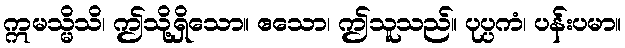
ဣမသ္မိသိ၊ ဤသို့ရှိသော။ ဧသော၊ ဤသူသည်။ ပုပ္ပကံ၊ ပန်းပမာ။